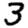
Digit: 3